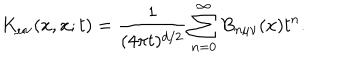
K _ { \mu \nu } ( x , x ; t ) = { \frac { 1 } { ( 4 \pi t ) ^ { d / 2 } } } \sum _ { n = 0 } ^ { \infty } B _ { n \mu \nu } ( x ) t ^ { n } .